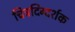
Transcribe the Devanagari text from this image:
चित्रदिग्दर्शक